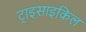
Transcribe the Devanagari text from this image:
ट्राइसाइकिल